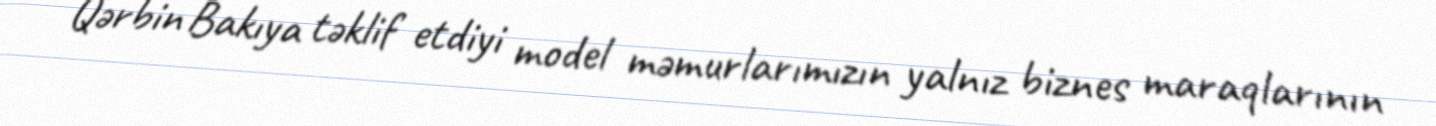
Qərbin Bakıya təklif etdiyi model məmurlarımızın yalnız biznes maraqlarının